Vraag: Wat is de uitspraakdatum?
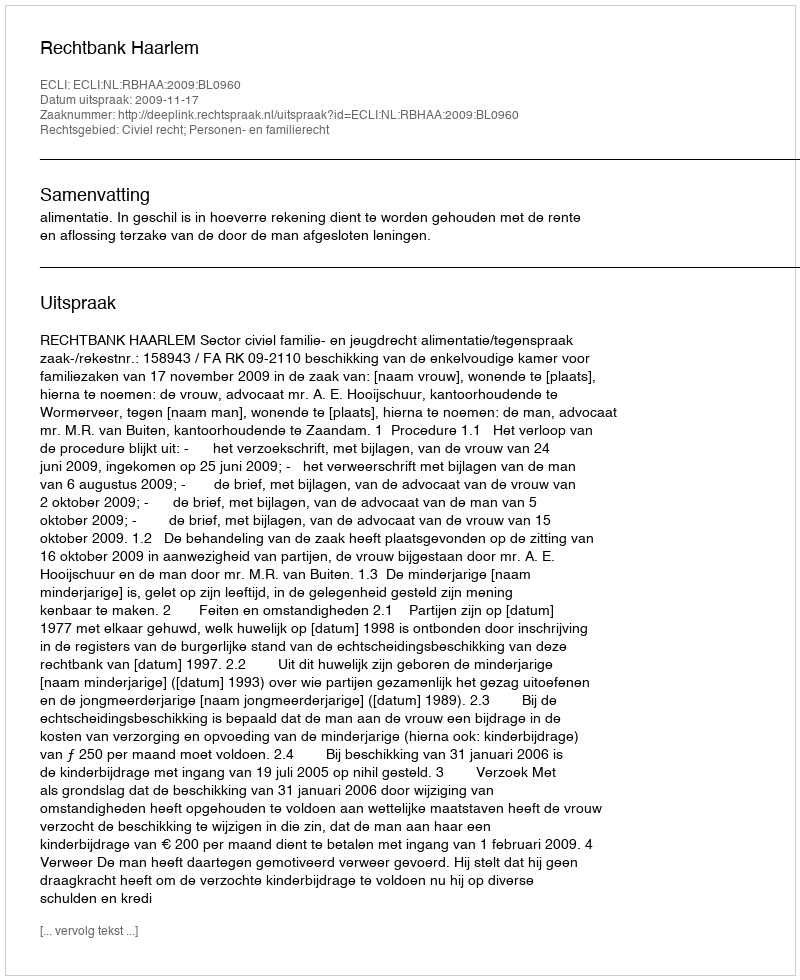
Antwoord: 2009-11-17